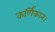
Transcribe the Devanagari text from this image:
कर्णिकान्‌।